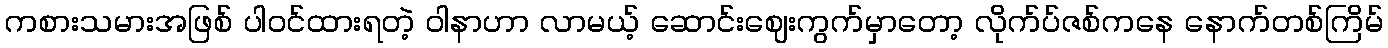
ကစားသမားအဖြစ် ပါဝင်ထားရတဲ့ ဝါနာဟာ လာမယ့် ဆောင်းဈေးကွက်မှာတော့ လိုက်ပ်ဇစ်ကနေ နောက်တစ်ကြိမ်